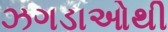
ઝગડાઓથી